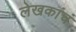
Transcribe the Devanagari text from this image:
लेखकांचं